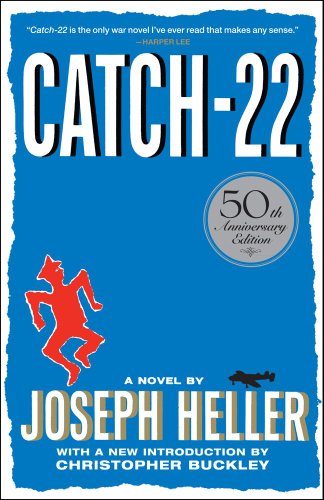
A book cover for Catch-22: 50th Anniversary Edition; Joseph Heller; Humor & Entertainment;